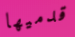
قدميها